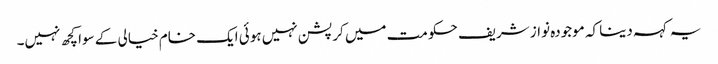
یہ کہہ دینا کہ موجودہ نواز شریف حکومت میں کرپشن نہیں ہوئی ایک خام خیالی کے سوا کچھ نہیں۔